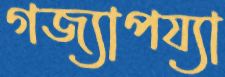
গজ্যাপয্যা